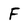
Character: F